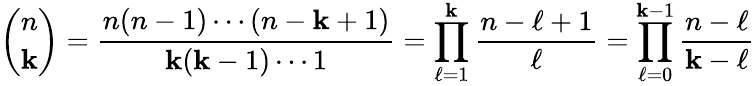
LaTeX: {\binom{n}{\mathbf{k}}}={\frac{{n(n-1)\cdots(n-\mathbf{k}+1)}}{{\mathbf{k}(\mathbf{k}-1)\cdots1}}}=\prod_{\ell=1}^{\mathbf{k}}{\frac{{n-\ell+1}}{{\ell}}}=\prod_{\ell=0}^{\mathbf{k}-1}{\frac{{n-\ell}}{{\mathbf{k}-\ell}}}